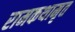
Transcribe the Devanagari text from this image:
रामकथामृत